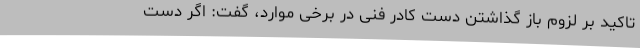
تاکید بر لزوم باز گذاشتن دست کادر فنی در برخی موارد، گفت: اگر دست